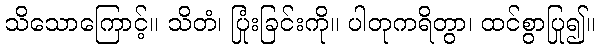
သိသောကြောင့်။ သိတံ၊ ပြုံးခြင်းကို။ ပါတုကရိတွာ၊ ထင်စွာပြု၍။